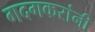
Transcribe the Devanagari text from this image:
गदगकरांनी